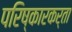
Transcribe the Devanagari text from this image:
परिष्कारकर्ता